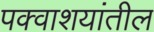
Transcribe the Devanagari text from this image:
पक्वाशयांतील